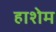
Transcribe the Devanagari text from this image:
हाशेम